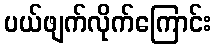
ပယ်ဖျက်လိုက်ကြောင်း